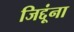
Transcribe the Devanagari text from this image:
जिद्दूंना